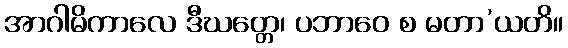
အာဂါမိကာလေ ဒီဃတ္တေ၊ ပဘာဝေ စ မတာ’ယတိ။